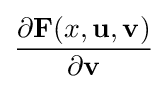
{\frac {\partial \mathbf {F} (x,\mathbf {u} ,\mathbf {v} )}{\partial \mathbf {v} }}